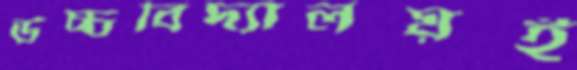
উচ্চবিদ্যালয়ই